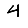
Digit: 4